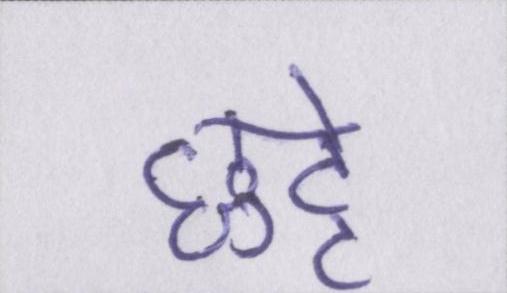
छुट्टे